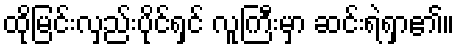
ထိုမြင်းလှည်းပိုင်ရှင် လူကြီးမှာ ဆင်းရဲရှာ၏။